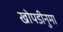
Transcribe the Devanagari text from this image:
खोपडीनुमा